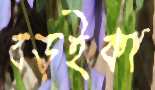
বড়ইকা